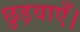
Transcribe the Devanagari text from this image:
छुड़वाएँ।